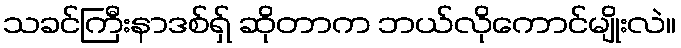
သခင်ကြီးနာဒစ်ရှ် ဆိုတာက ဘယ်လိုကောင်မျိုးလဲ။